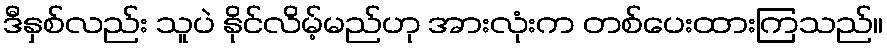
ဒီနှစ်လည်း သူပဲ နိုင်လိမ့်မည်ဟု အားလုံးက တစ်ပေးထားကြသည်။